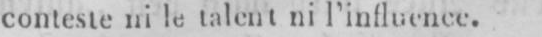
conteste nile talent ni l’influence.